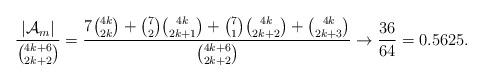
LaTeX: \begin{align*}\frac{|\mathcal{A}_m|}{\binom{4k+6}{2k+2}}&= \frac{7\binom{4k}{2k}+\binom{7}{2}\binom{4k}{2k+1} +\binom{7}{1}\binom{4k}{2k+2} +\binom{4k}{2k+3}}{\binom{4k+6}{2k+2}}\rightarrow\frac{36}{64}=0.5625.\end{align*}